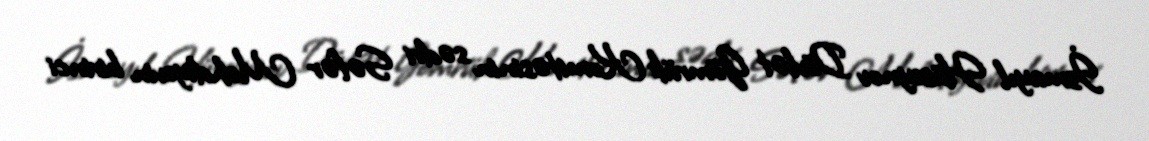
İsmayıl Hüseynov Dövlət Gömrük Komitəsinin sədri Səfər Mehdiyevin birinci